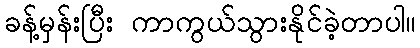
ခန့်မှန်းပြီး ကာကွယ်သွားနိုင်ခဲ့တာပါ။